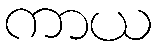
ကာယ